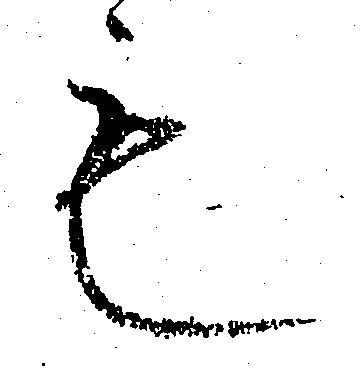
も